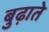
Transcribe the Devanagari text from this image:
बुढ़ाते